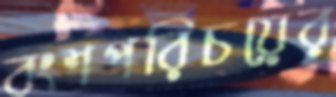
বংশপরিচয়ের